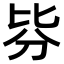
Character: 𣬄